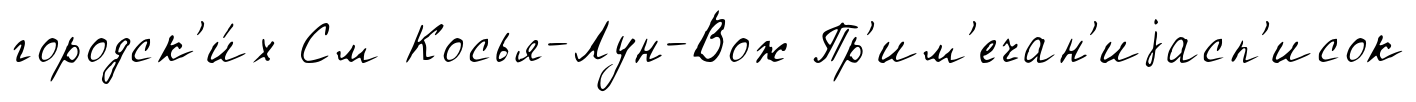
городск'и́х См Косья-Лун-Вож Пр'им'ечан'иjасп'исок